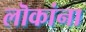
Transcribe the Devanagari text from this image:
लॊकांना